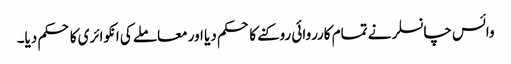
وائس چانسلر نے تمام کارروائی روکنے کا حکم دیا اور معاملے کی انکوائری کا حکم دیا۔